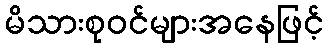
မိသားစုဝင်များအနေဖြင့်